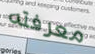
معرفته